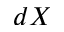
d X